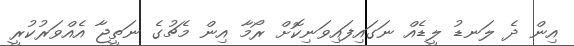
އިން ދެ ލަނޑު ލީޑެއް ނަގައިފައިވަނިކޮށް ރޯމާ އިން މެޗުގެ ނަތީޖާ އެއްވަރުކުރީ